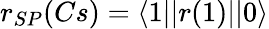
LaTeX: r_{SP}(Cs)=\langle 1||r(1)||0\rangle